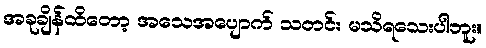
အခုချိန်ထိတော့ အသေအပျောက် သတင်း မသိရသေးပါဘူး။